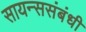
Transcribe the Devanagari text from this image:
सायन्ससंबंधी